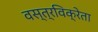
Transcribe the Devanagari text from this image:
वस्त्रविक्रेता